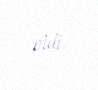
etdi.